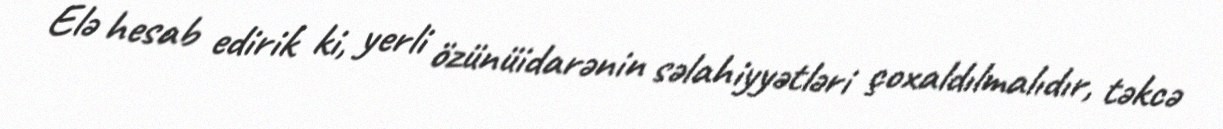
Elə hesab edirik ki, yerli özünüidarənin səlahiyyətləri çoxaldılmalıdır, təkcə